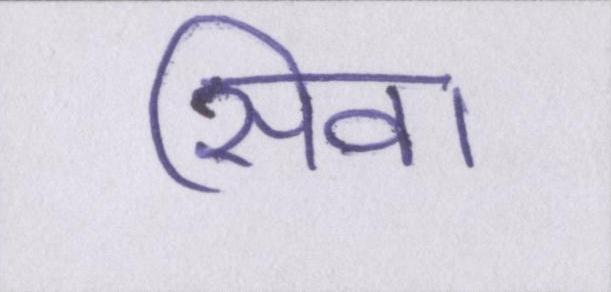
सिवा